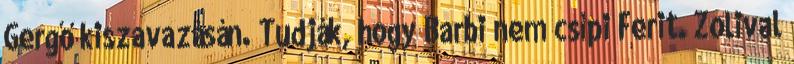
Gergő kiszavazásán. Tudják, hogy Barbi nem csípi Ferit. Zolival